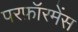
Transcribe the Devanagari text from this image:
परफ़ॉरमेंस